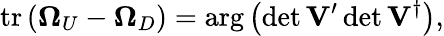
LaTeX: \mathrm{tr}\, ({\mathbf\Omega}_{U}-{\mathbf\Omega}_{D})=\arg\left(\operatorname*{det}{\mathbf V}^{\prime}\operatorname*{det}{\mathbf V}^{\dagger}\right),